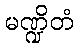
မဏ္ဍိတံ